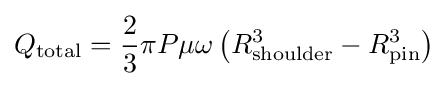
Q_{\text{total}}={\frac {2}{3}}\pi P\mu \omega \left(R_{\text{shoulder}}^{3}-R_{\text{pin}}^{3}\right)